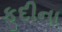
ફૂદીના